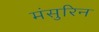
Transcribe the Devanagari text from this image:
मंसुरिन